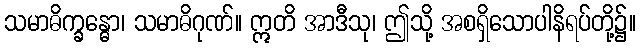
သမာဓိက္ခန္ဓော၊ သမာဓိဂုဏ်။ ဣတိ အာဒီသု၊ ဤသို့ အစရှိသောပါနိရပ်တို့၌။